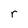
Character: r